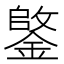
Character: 𫒺